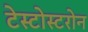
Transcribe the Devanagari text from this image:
टेस्टोस्टरोन